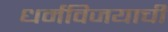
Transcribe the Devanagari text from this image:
धर्मविजयाची